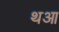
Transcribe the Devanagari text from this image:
थआ